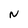
Character: N